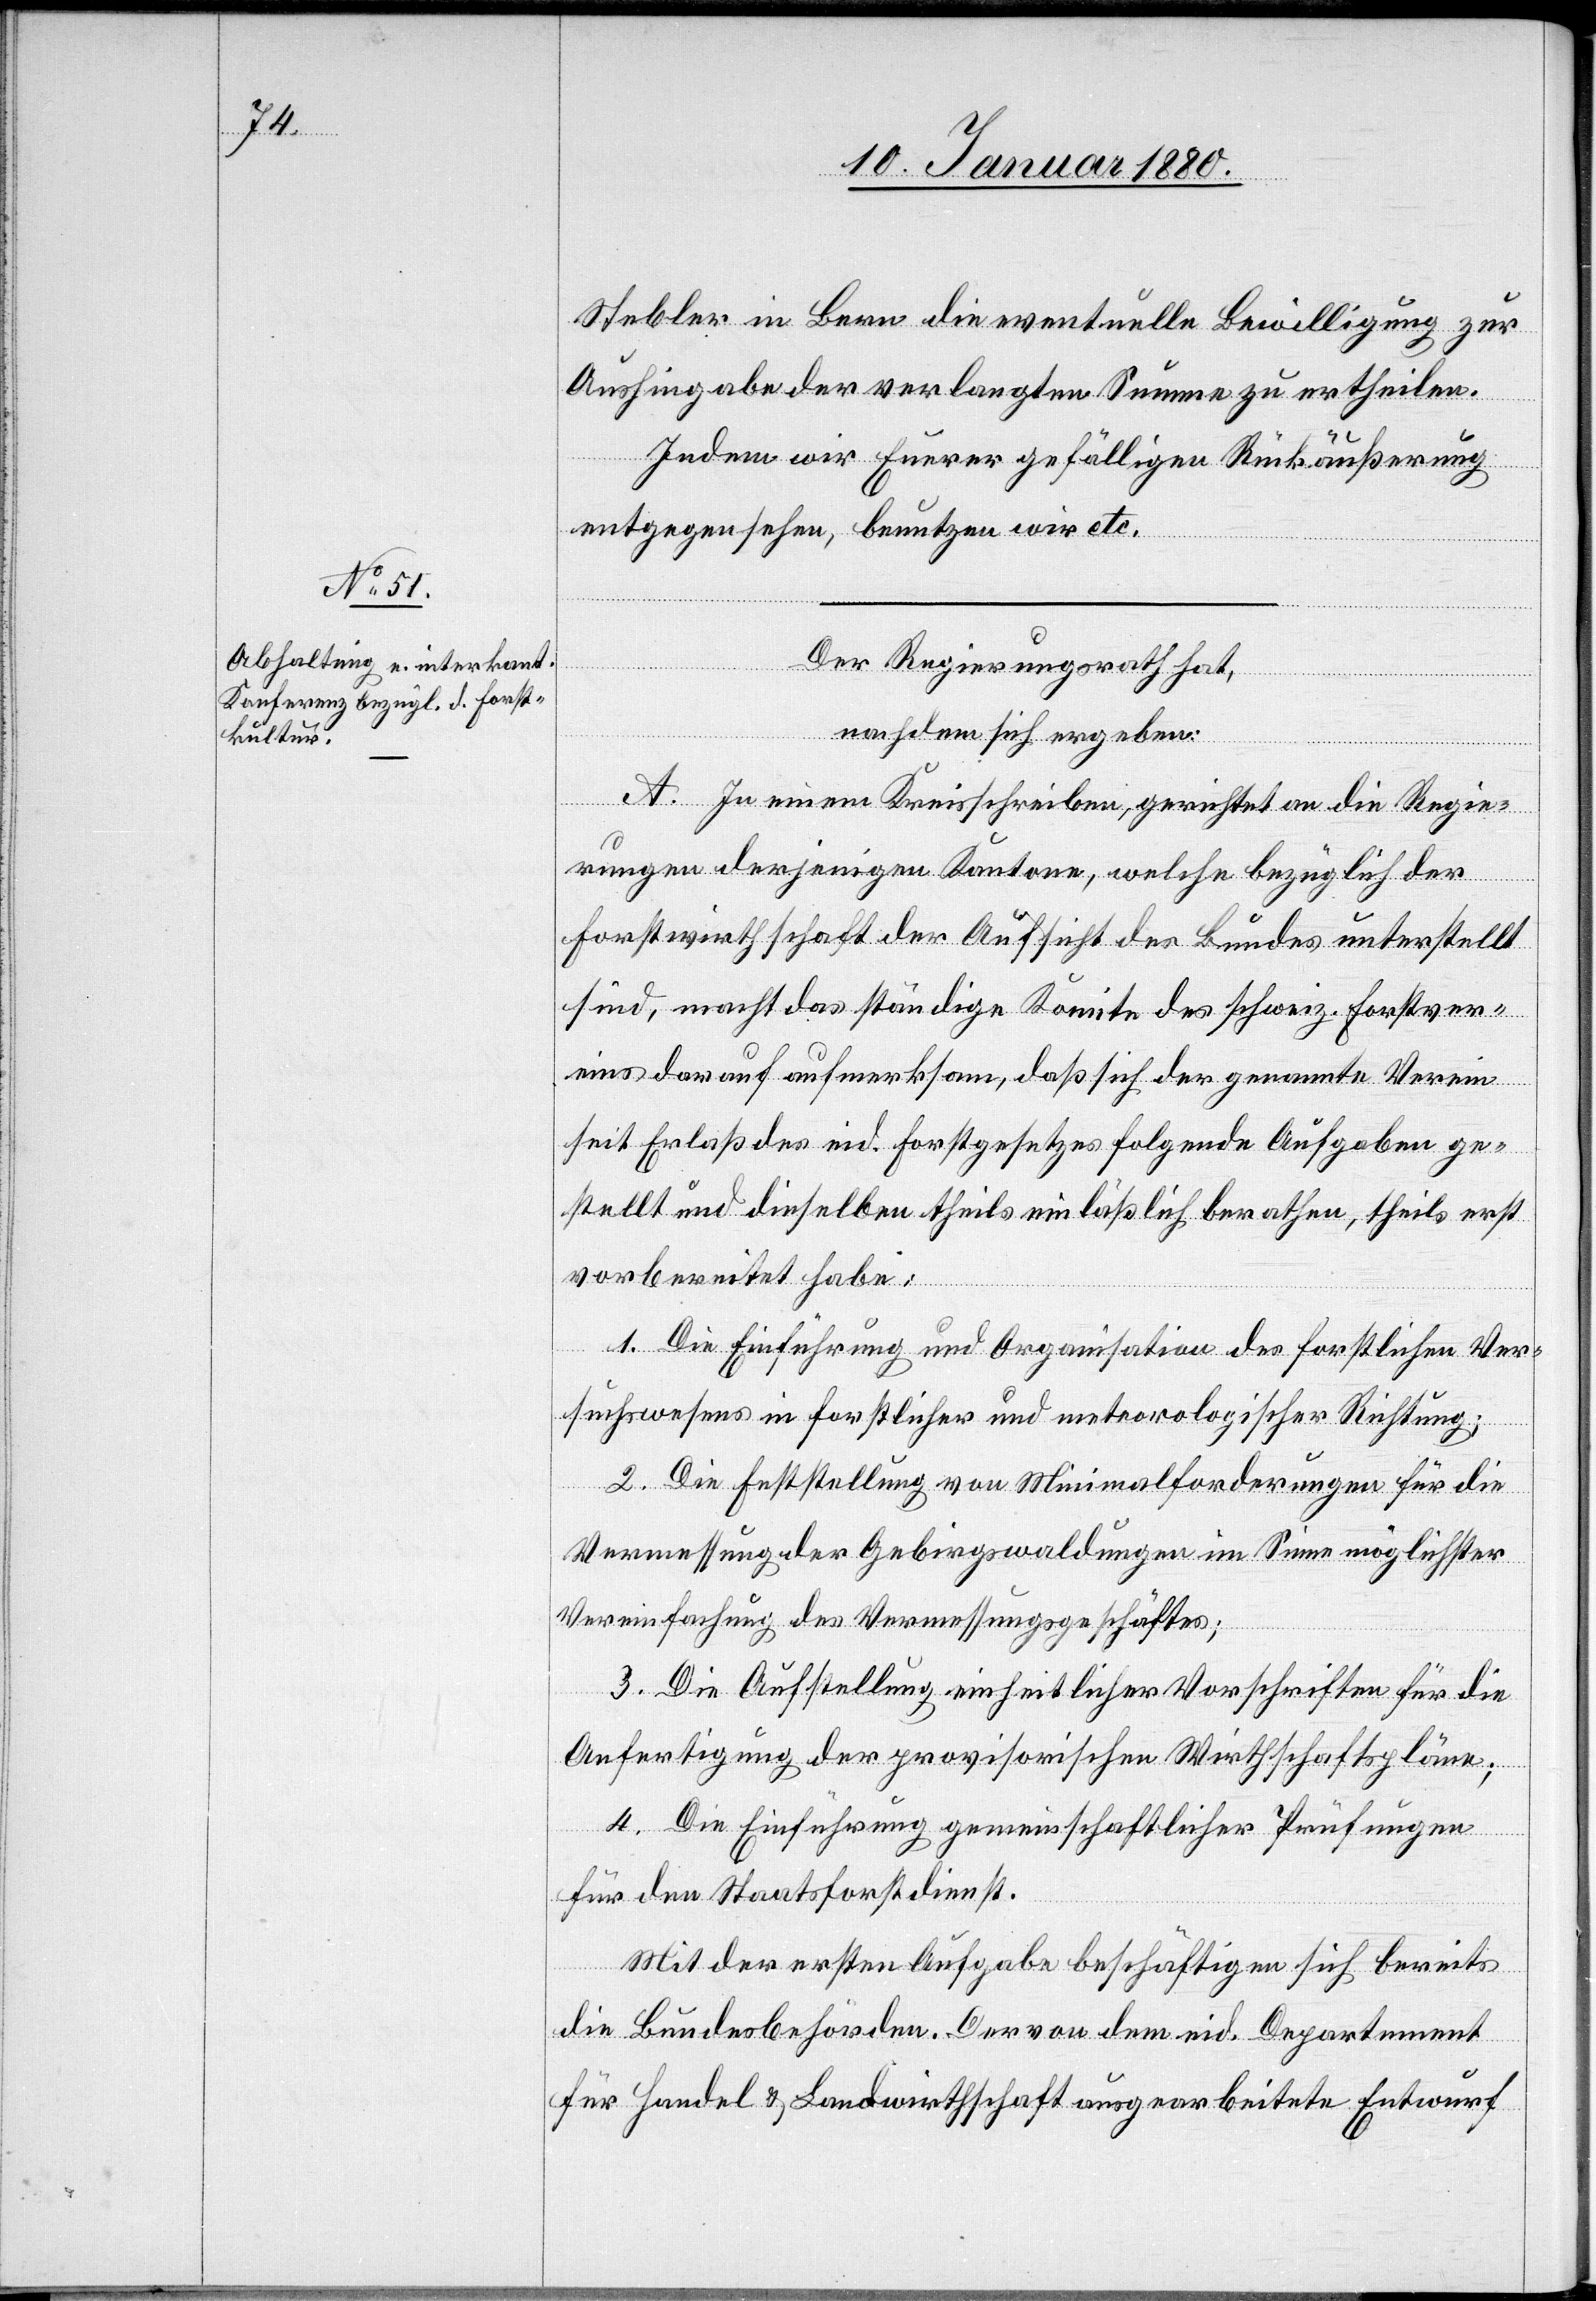
Stebler in Bern die eventuelle Bewilligung zur
Aushingabe der verlangten Summe zu ertheilen.
Indem wir Eurer gefälligen Rückäußerung
entgegensehen, benutzen wir etc.
Der Regierungsrath hat,
nachdem sich ergeben:
A. In einem Kreisschreiben, gerichtet an die Regie¬
rungen derjenigen Kantone, welche bezüglich der
Forstwirthschaft der Aufsicht des Bundes unterstellt
sind, macht das ständige Komitee des schweiz. Forstver¬
eins darauf aufmerksam, daß sich der genannte Verein
seit Erlaß des eid. Forstgesetzes folgende Aufgaben ge¬
stellt und dieselben theils einläßlich berathen, theils erst
vorbereitet habe:
1. Die Einführung und Organisation des forstlichen Ver¬
suchswesens in forstlicher und meteorologischer Richtung;
2. Die Feststellung von Minimalforderungen für die
Vermessung der Gebirgswaldungen im Sinne möglichster
Vereinfachung des Vermessungsgeschäftes;
3. Die Aufstellung einheitlicher Vorschriften für die
Anfertigung der provisorischen Wirtschaftspläne;
4. Die Einführung gemeinschaftlicher Prüfungen
für den Staatsforstdienst.
Mit der ersten Aufgabe beschäftigen sich bereits
die Bundesbehörden. Der von dem eid. Departement
für Handel & Landwirthschaft ausgearbeitete Entwurf